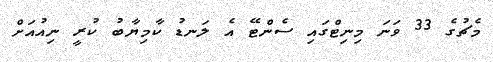
މެޗުގެ 33 ވަނަ މިނިޓްގައި ސެންޓޭ އެ ލަނޑު ކާމިޔާބު ކުރީ ނިއުއަށް